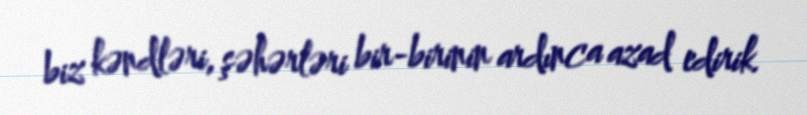
biz kəndləri, şəhərləri bir-birinin ardınca azad edirik.